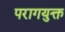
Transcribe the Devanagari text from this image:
परागयुक्त